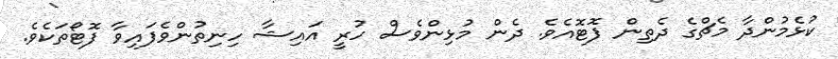
ކުޅެމުންދާ މެޗްގެ ދެތިން ފޮޓޮއެވެ. ދެން މުޅިންވެސް ހުރީ އައިޝާ ހިނިތުންވެފައިވާ ފޮޓޯތަކެެވެ.